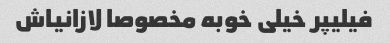
فیلیپر خیلی خوبه مخصوصا لازانیاش